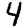
Digit: 4